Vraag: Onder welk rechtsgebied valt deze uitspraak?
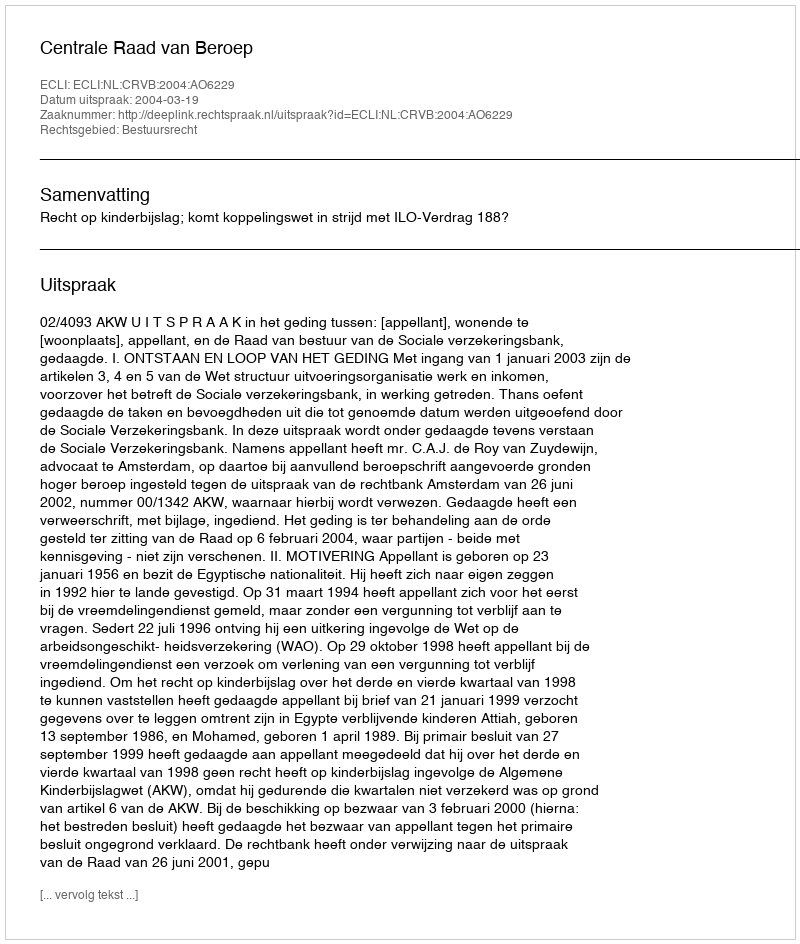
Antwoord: Bestuursrecht